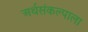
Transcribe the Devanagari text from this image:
अर्थसंकल्पाला